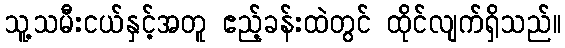
သူ့သမီးငယ်နှင့်အတူ ဧည့်ခန်းထဲတွင် ထိုင်လျက်ရှိသည်။